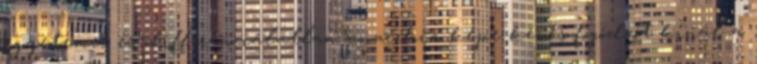
egyetemes és differenciálatlan anarchia képe kevés fogódzót kínál a